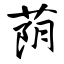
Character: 荫